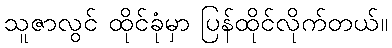
သူဇာလွင် ထိုင်ခုံမှာ ပြန်ထိုင်လိုက်တယ်။